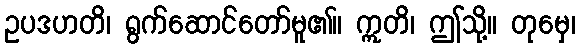
ဥပဒဟတိ၊ ရွက်ဆောင်တော်မူ၏။ ဣတိ၊ ဤသို့။ တုမှေ၊